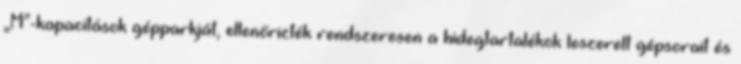
„M”-kapacitások gépparkját, ellenőrizték rendszeresen a hidegtartalékok leszerelt gépsorait és